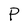
Character: P